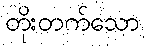
တိုးတက်သော